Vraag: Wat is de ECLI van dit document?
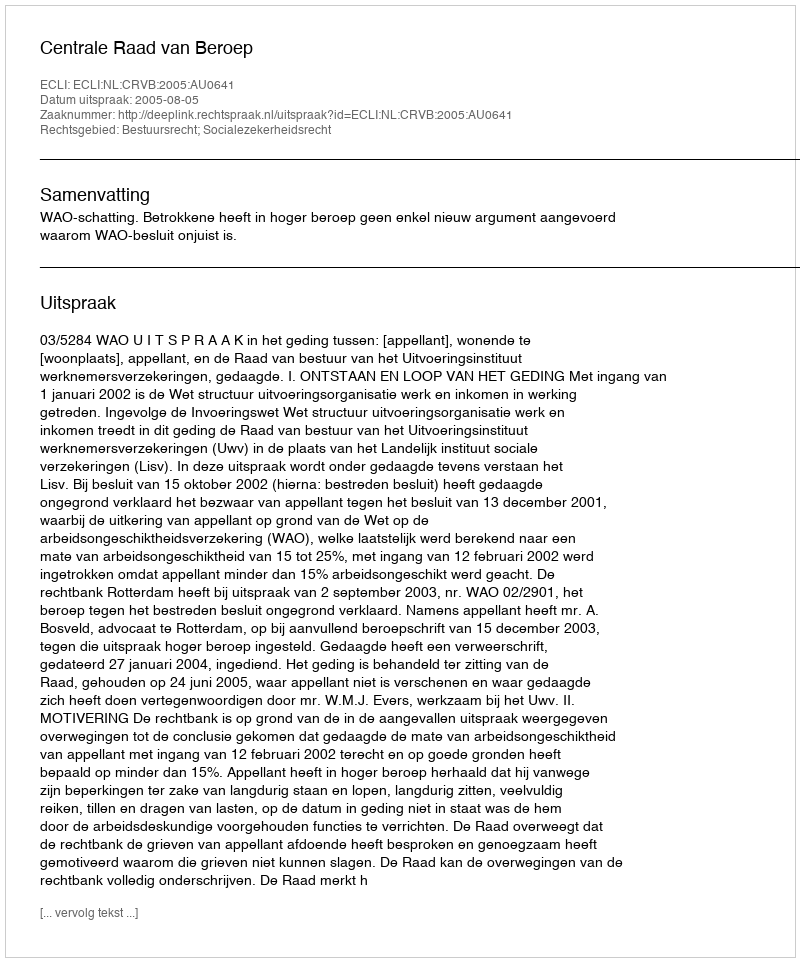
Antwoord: ECLI:NL:CRVB:2005:AU0641